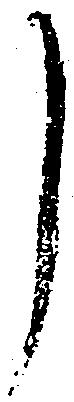
し